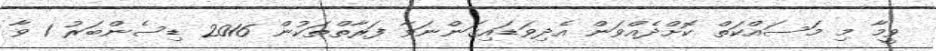
ވީމާ މި މަސައްކަތް ކޮށްދެއްވަން އެދިވަޑައިގަންނަވާ ފަރާތްތަކުން 2016 ޑިސެންބަރު 1 ވާ